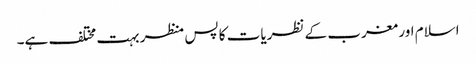
اسلام اور مغرب کے نظریات کا پس منظر بہت مختلف ہے۔